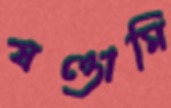
ষণ্ডামি